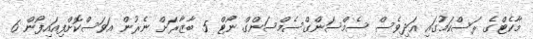
މާކެޓްގެ ރަސްކަމުގައި އަދިވެސް ސެމްސަންގްސެމްސަންގް ނޯޓް 5 ބާޒާރަށް ނެރުން އަވަސްކޮށްފިއައިފޯން 6